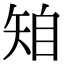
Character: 𥏆